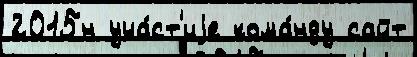
2015н уча́ст'иjе кома́нду сайт